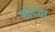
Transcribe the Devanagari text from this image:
छोदता